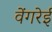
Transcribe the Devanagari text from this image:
वेंगरेई